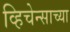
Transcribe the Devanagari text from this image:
व्हिचेन्साच्या